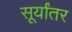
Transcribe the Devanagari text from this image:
सूर्यांतर